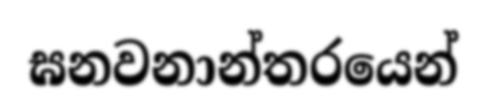
ඝනවනාන්තරයෙන්